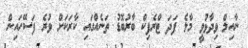
ނާއިލް ވިދާޅުވީ މާލެ ފަދަ ޓްރެފިކް ބާރުބޮޑު ތަނެއްގައި ކާރަކަށް ވުރެ ފަސޭހައިން